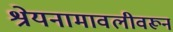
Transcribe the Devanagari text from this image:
श्रेयनामावलीवरून